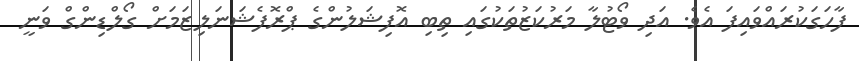
ފާހަގަކުރައްވައިފަ އެވެ. އަދި ވޯޓުލާ މަރުކަޒުތަކުގައި ތިބި އޮފިޝަލުންގެ ޕްރޮފެޝަނަލިޒަމަށް ގޯލްޑިންގް ވަނީ